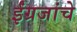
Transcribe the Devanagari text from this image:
ईंग्रजांचे